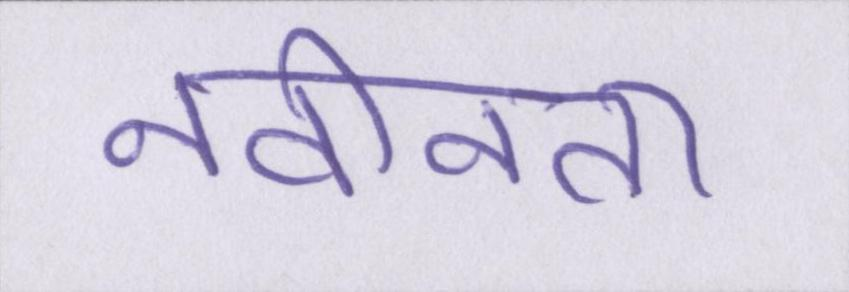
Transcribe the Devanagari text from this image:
नवीनता